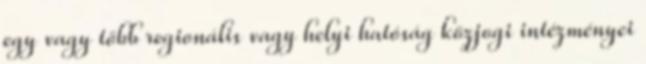
egy vagy több regionális vagy helyi hatóság közjogi intézményei